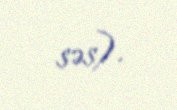
səs).